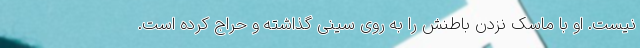
نیست. او با ماسک نزدن باطنش را به روی سینی گذاشته و حراج کرده است.